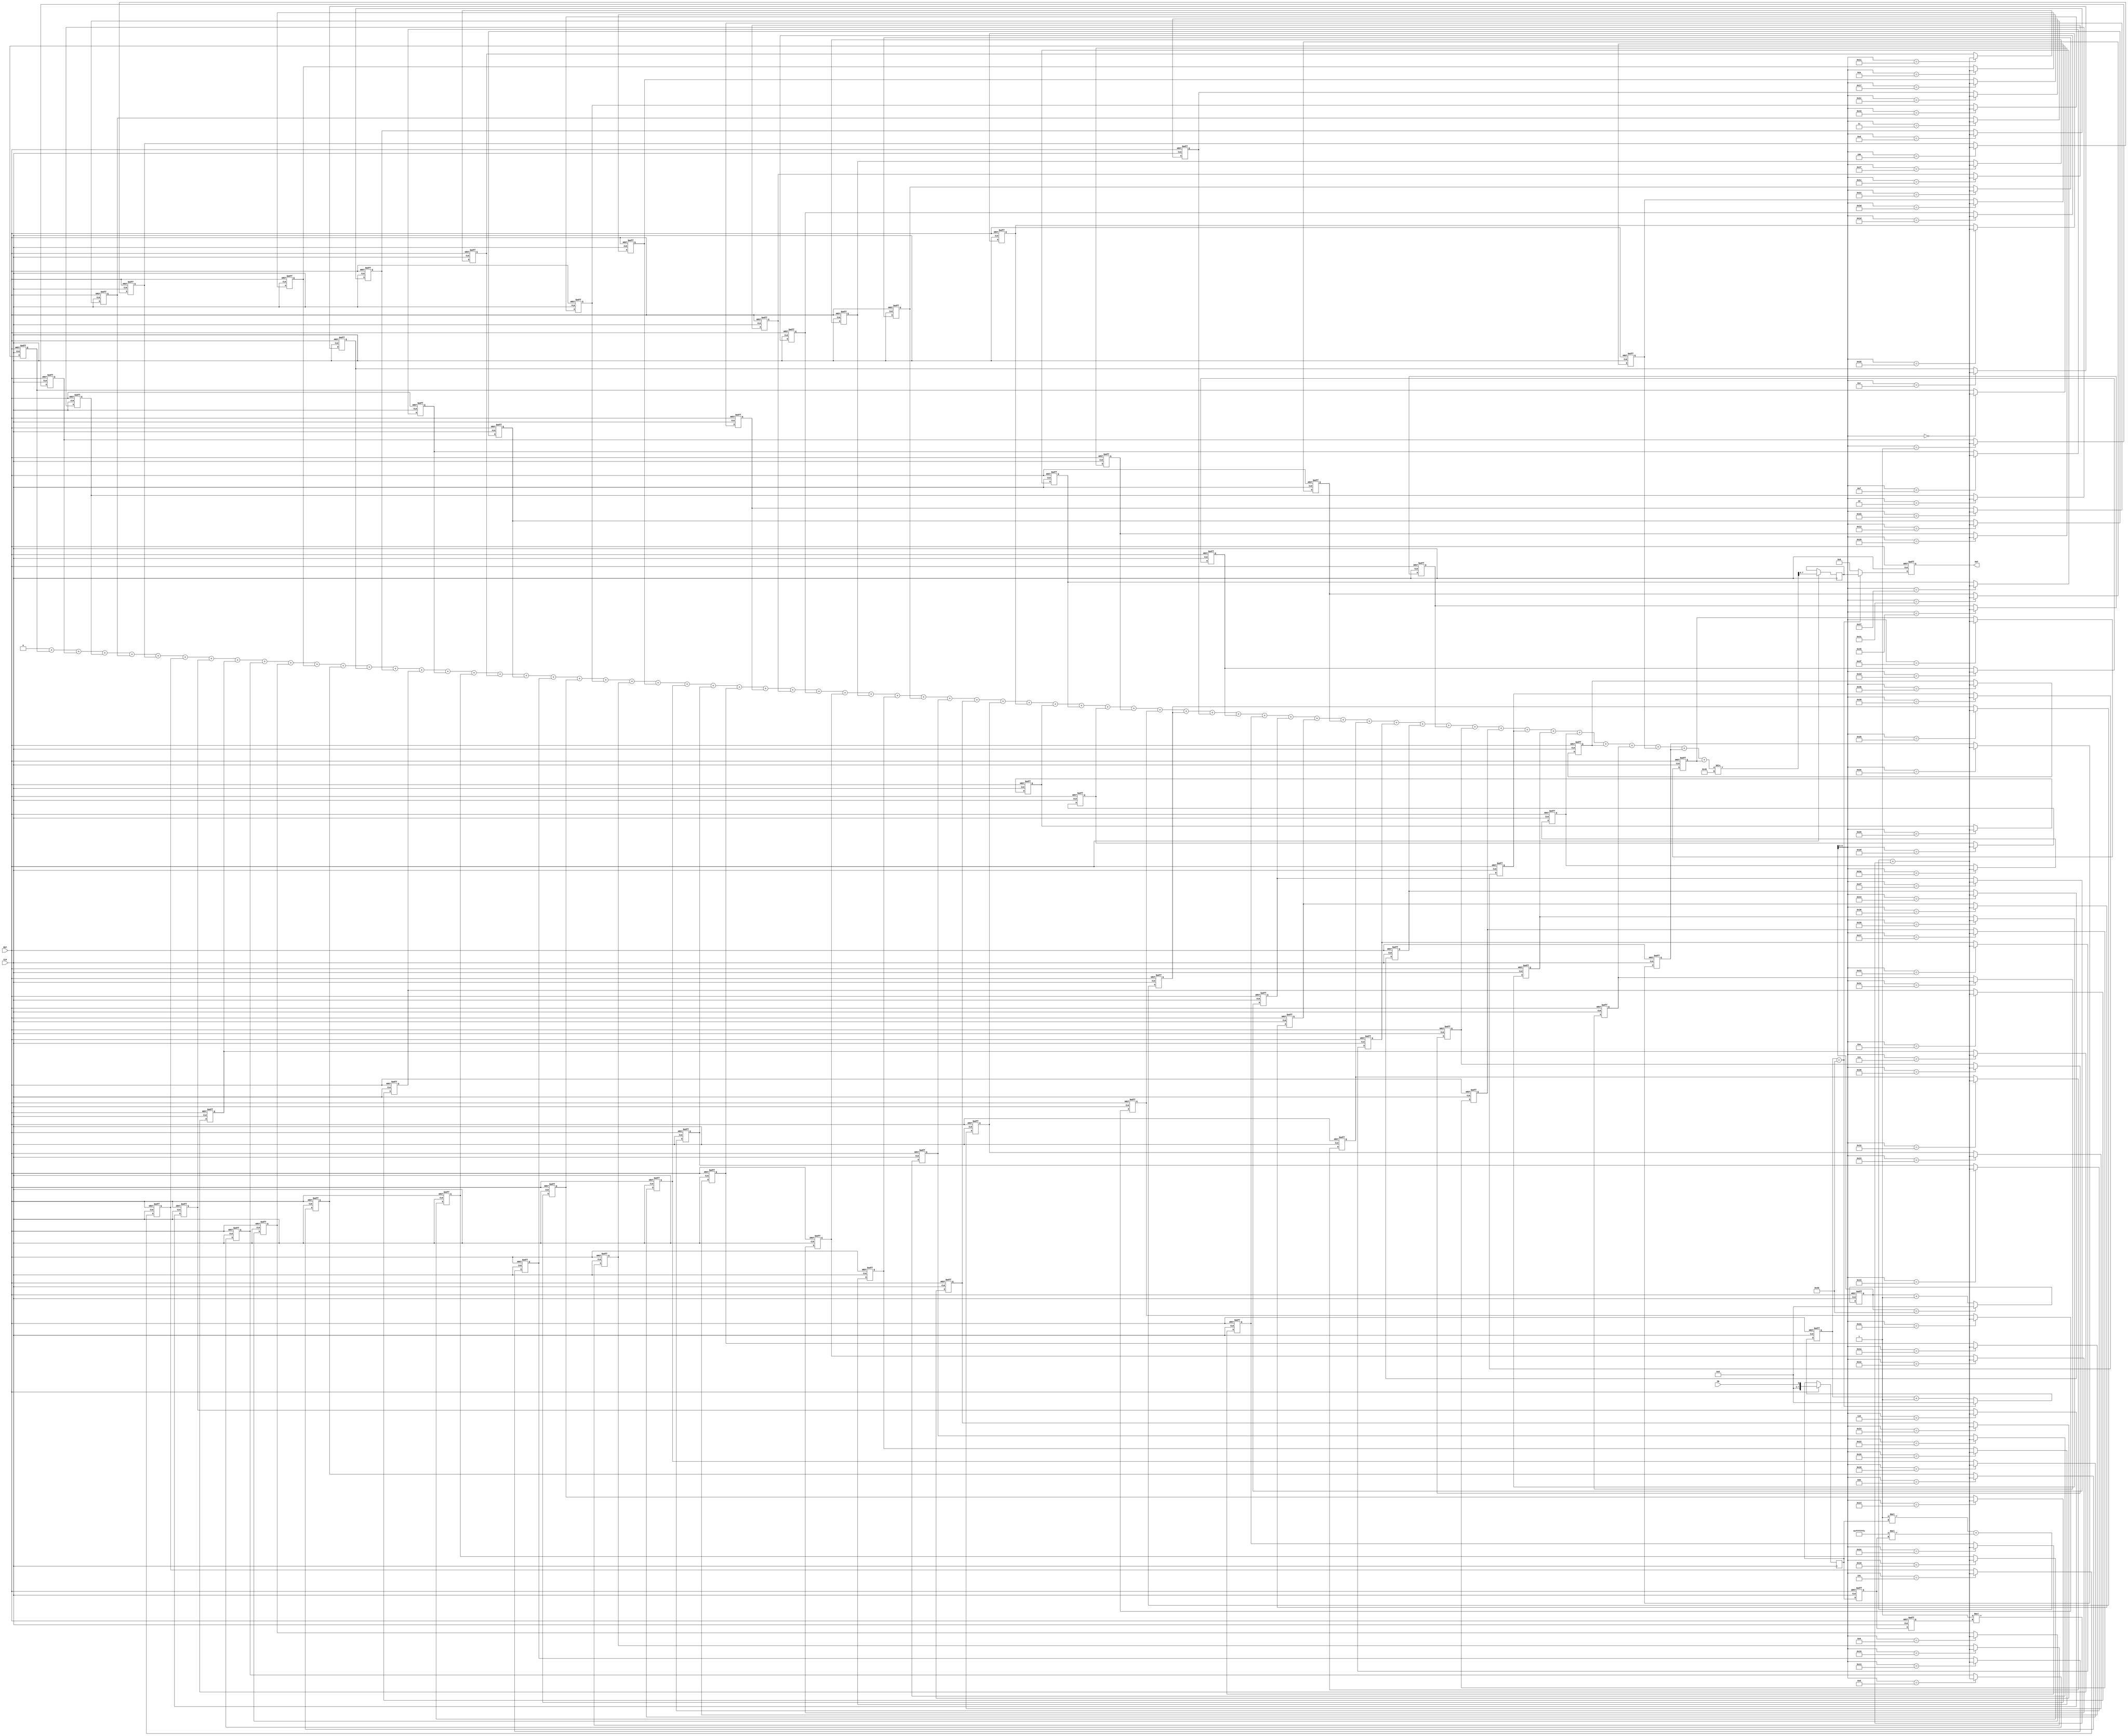
module Filter(input CLK,
              input RST,
              input IN,
              output reg [7:0] OUT);
  
  // Declaring the filter parameters
  parameter a0 = 1;
  parameter a1 = -2;
  parameter a2 = 1;
  
  // Declaring the circular averaging buffer
  parameter BUF_SIZE = 64;
  reg [7:0] buffer [0:BUF_SIZE-1];
  reg [6:0] buf_counter;
  
  // Downsampling counter
  reg [6:0] ds_counter;
  
  // Filter state variables
  reg [7:0] x;
  reg [7:0] y1;
  reg [7:0] y2;

  // Integer used for loops
  integer i;
	
  reg signed [9:0] sum;
  reg [7:0] avg;
  
  always @ (posedge CLK or negedge RST) begin
    if(RST == 0) begin
      // Reset output to 0
      OUT <= 0;
      
      // Reset the filter state variables
      y1 <= 0;
      y2 <= 0;
      
      // Reset the averaging buffer
      buf_counter <= 0;
      for (i = 0; i < BUF_SIZE; i=i+1) begin
        buffer[i] <= 0;
      end
      
      // Reset the downsample counter
      ds_counter <= 0;
      
    end
    else begin
      // Filter the input sample and add it to the buffer
      x <= IN;
      buffer[buf_counter] <= a0 * x + a1 * y1 + a2 * y2;

      // Update the filter state variables
      y2 <= y1;
      y1 <= x;
      
      // Increase the counter and reset to 0 if it gets to 64
      buf_counter <= buf_counter + 1;
      if (buf_counter == BUF_SIZE) begin
        buf_counter <= 0;
      end
      
      // Compute the running average of the buffer
      sum = 0;
      for (i = 0; i < BUF_SIZE; i = i + 1) begin
        sum = sum + buffer[i];
      end
      avg <= sum / BUF_SIZE;
      
      // Downsample output by selecting one in every 64 samples
      ds_counter <= ds_counter + 1;
      if (ds_counter == 64) begin
        OUT <= avg;
        ds_counter <= 0;
      end else begin
        OUT <= 0;
      end
    end
  end
endmodule